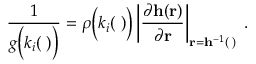
\frac { 1 } { g \Big ( k _ { i } ( { \bf \Phi } ) \Big ) } = \rho \Big ( k _ { i } ( { \bf \Phi } ) \Big ) \left| \frac { \partial { \bf h } ( { \bf r } ) } { \partial { \bf r } } \right| _ { { \bf r } = { \bf h } ^ { - 1 } ( { \bf \Phi } ) } \; .